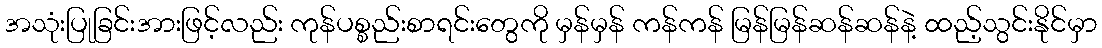
အသုံးပြုခြင်းအားဖြင့်လည်း ကုန်ပစ္စည်းစာရင်းတွေကို မှန်မှန် ကန်ကန် မြန်မြန်ဆန်ဆန်နဲ့ ထည့်သွင်းနိုင်မှာ